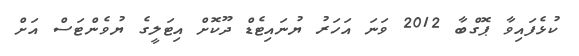
ކުޅެފައިވާ ޕޮގްބާ 2012 ވަނަ އަހަރު ޔުނައިޓެޑް ދޫކޮށް އިޓަލީގެ ޔުވެންޓަސް އަށް